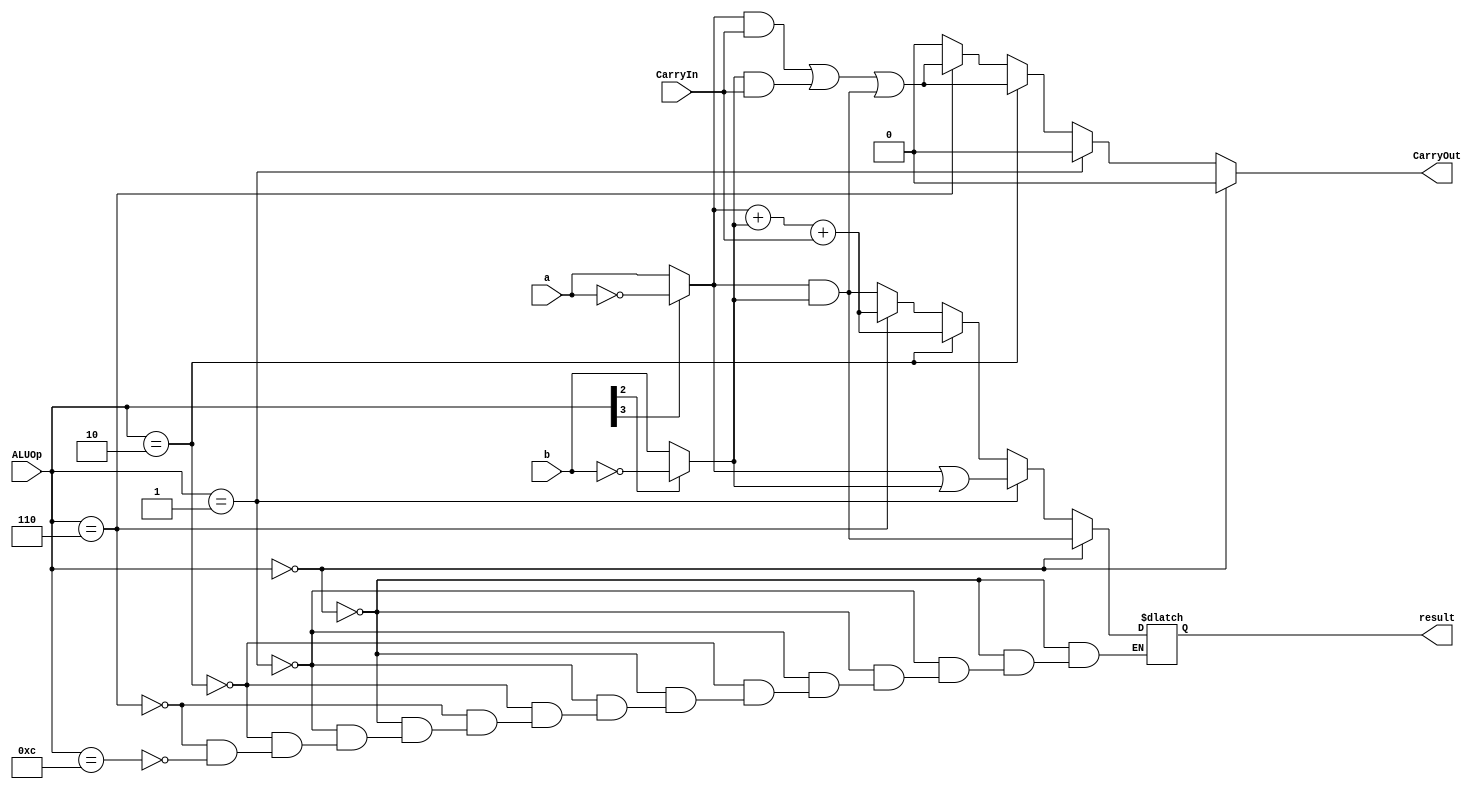
module ALU_1_bit
(
input a,
input b,
input CarryIn,
input [3:0] ALUOp,
output reg result,
output reg CarryOut
);

wire abar;
wire bbar;
wire mux1out;
wire mux2out;
assign abar = ~a;
assign bbar = ~b;
assign mux2out = ALUOp[2] ? ~b : b;
assign mux1out = ALUOp[3] ? ~a : a;

always@(a, b, CarryIn, ALUOp)
begin
	CarryOut = 1'b0;
	
	
	if (ALUOp == 4'b0000)		//and
		result = mux1out & mux2out;
	else if (ALUOp == 4'b0001)	//or
		result = mux1out | mux2out;
	else if (ALUOp == 4'b0010)	//add
	begin
		result = mux1out + mux2out + CarryIn;
		CarryOut = (mux1out & CarryIn) | (mux2out & CarryIn) | (mux1out & mux2out);
	end
	else if (ALUOp == 4'b0110)	//subtract
	begin
		result = mux1out + mux2out + CarryIn;
		CarryOut = (mux1out & CarryIn) | (mux2out & CarryIn) | (mux1out & mux2out);
	end
	else if (ALUOp == 4'b1100)	//NOR
	begin
		result = mux1out & mux2out;
	end
end
endmodule